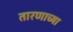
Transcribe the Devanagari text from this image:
तारणाच्या